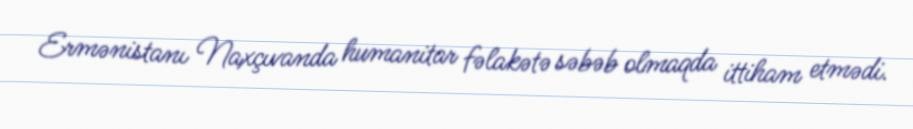
Ermənistanı Naxçıvanda humanitar fəlakətə səbəb olmaqda ittiham etmədi.